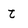
Character: t